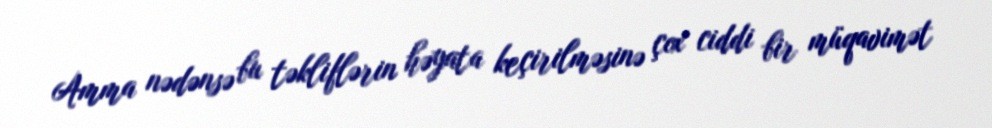
Amma nədənsə bu təkliflərin həyata keçirilməsinə çox ciddi bir müqavimət